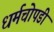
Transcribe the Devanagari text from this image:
धर्मचोपडी